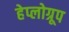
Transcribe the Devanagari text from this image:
हेप्लोग्रूप